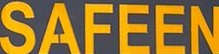
SAFEEN